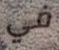
في